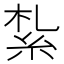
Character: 紮